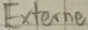
Text: Externe